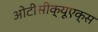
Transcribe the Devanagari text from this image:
ओटीसीक्यूएक्स